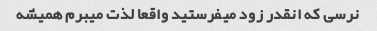
نرسی که انقدر زود میفرستید واقعا لذت میبرم همیشه